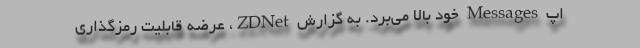
اپ Messages خود بالا می‌برد. به گزارش ZDNet، عرضه قابلیت رمزگذاری